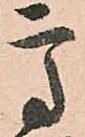
高